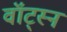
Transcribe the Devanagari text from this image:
वॉट्स्न